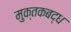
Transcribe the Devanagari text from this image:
मुक्तकबद्ध